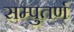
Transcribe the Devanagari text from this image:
सम्पुतर्ण